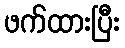
ဖက်ထားပြီး